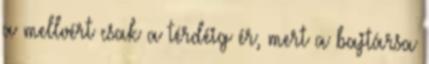
a mellvért csak a térdéig ér, mert a bajtársa